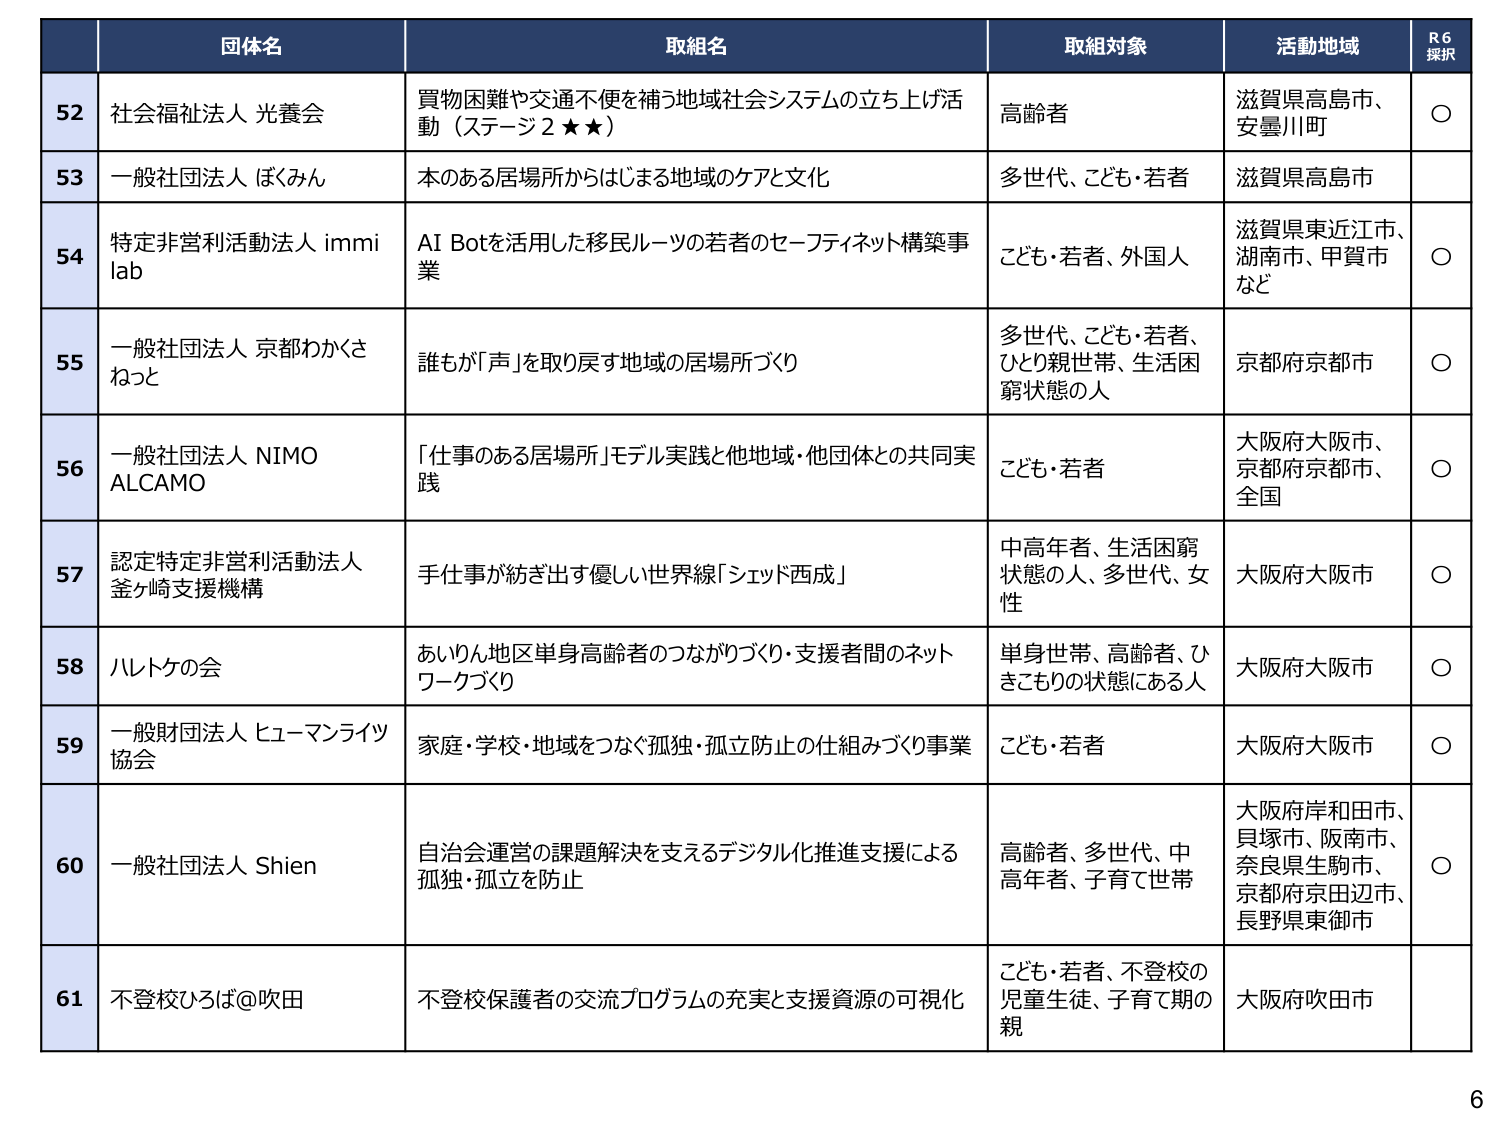
52 社会福祉法人 光養会 買物困難や交通不便を補う地域社会システムの立ち上げ活動（ステージ2★★） 高齢者 滋賀県高島市、安曇川町 ○
53 一般社団法人 ぼくみん 本のある居場所からはじまる地域のケアと文化 多世代、こども・若者 滋賀県高島市
54 特定非営利活動法人 immi lab AI Botを活用した移民ルーツの若者のセーフティネット構築事業 こども・若者、外国人 滋賀県東近江市、湖南市、甲賀市など ○
55 一般社団法人 京都わかさねっと 誰もが「声」を取り戻す地域の居場所づくり 多世代、こども・若者、ひとり親世帯、生活困窮状態の人 京都府京都市 ○
56 一般社団法人 NIMO ALCAMO 「仕事のある居場所」モデル実践と他地域・他団体との共同実践 こども・若者 大阪府大阪市、京都府京都市、全国 ○
57 認定特定非営利活動法人 釜ヶ崎支援機構 手仕事が紡ぎ出す優しい世界線「シエッド西成」 中高年者、生活困窮状態の人、多世代、女性 大阪府大阪市 ○
58 ハレトケの会 あいりん地区単身高齢者のつながりづくり・支援者間のネットワークづくり 単身世帯、高齢者、ひきこもりの状態にある人 大阪府大阪市 ○
59 一般財団法人 ヒューマンライツ協会 家庭・学校・地域をつなぐ孤独・孤立防止の仕組みづくり事業 こども・若者 大阪府大阪市 ○
60 一般社団法人 Shien 自治会運営の課題解決を支えるデジタル化推進支援による孤独・孤立を防止 高齢者、多世代、中高年者、子育て世帯 大阪府岸和田市、貝塚市、阪南市、奈良県生駒市、京都府京田辺市、長野県東御市 ○
61 不登校ひろば@吹田 不登校保護者の交流プログラムの充実と支援資源の可視化 こども・若者、不登校の児童生徒、子育て期の親 大阪府吹田市

R6 採択
6